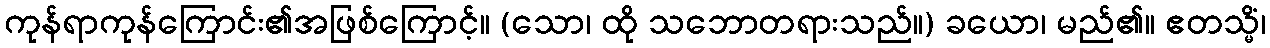
ကုန်ရာကုန်ကြောင်း၏အဖြစ်ကြောင့်။ (သော၊ ထို သဘောတရားသည်။) ခယော၊ မည်၏။ ဧတသ္မိံ၊